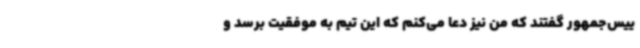
ییس‌جمهور گفتند که من نیز دعا می‌کنم که این تیم به موفقیت برسد و